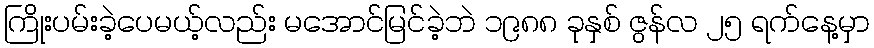
ကြိုးပမ်းခဲ့ပေမယ့်လည်း မအောင်မြင်ခဲ့ဘဲ ၁၉၈၈ ခုနှစ် ဇွန်လ ၂၅ ရက်နေ့မှာ